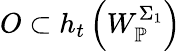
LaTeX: O\subset h_{t}\left(W_{\mathbb{P}}^{\Sigma_{1}}\right)